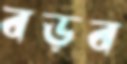
বড়ব